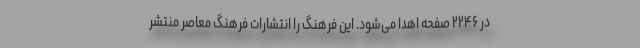
در ۲۲۴۶ صفحه اهدا می‌شود. این فرهنگ را انتشارات فرهنگ معاصر منتشر